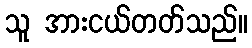
သူ အားငယ်တတ်သည်။